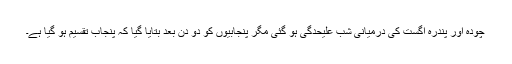
چودہ اور پندرہ اگست کی درمیانی شب علیحدگی ہو گئی مگر پنجابیوں کو دو دن بعد بتایا گیا کہ پنجاب تقسیم ہو گیا ہے۔